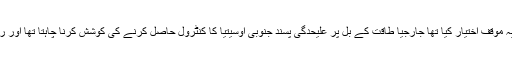
روس نے جارجیا پر حملہ کرتے ہوئے اپنے فوجی دستوں کو جارجیا بھر میں پھیلا دیا تھا اور یہ موقف اختیار کیا تھا جارجیا طاقت کے بل پر علیحدگی پسند جنوبی اوسیتیا کا کنٹرول حاصل کرنے کی کوشش کرنا چاہتا تھا اور روس نے جنوبی اوسیتیا کی طرف سے مدد مانگنے پر جارجیا کی عسکری کوشش کو ناکام بنایا۔